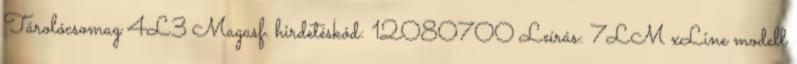
Tárolócsomag 4L3 Magasf. hirdetéskód: 12080700 Leírás: 7LM xLine modell